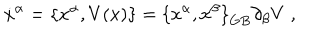
LaTeX: { \dot { x } } ^ { \alpha } = \{ { x } ^ { \alpha } , V ( x ) \} = { \{ x ^ { \alpha } , x ^ { \beta } \} } _ { G B } \partial _ { \beta } V \; ,